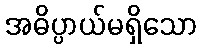
အဓိပ္ပာယ်မရှိသော